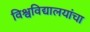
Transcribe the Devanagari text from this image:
विश्वविद्यालयांचा